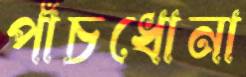
পাঁচধোনা